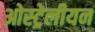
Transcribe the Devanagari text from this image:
ओस्ट्रेलीयन